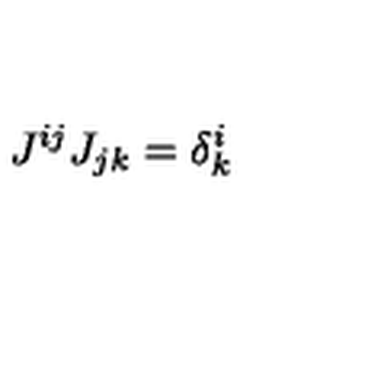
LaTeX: J ^ { i j } J _ { j k } = \delta _ { k } ^ { i }